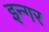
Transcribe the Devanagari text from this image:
इन्गर